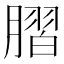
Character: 䐲